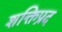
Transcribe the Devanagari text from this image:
शक्तिप्रद